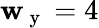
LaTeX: \mathbf{w}_{\mathrm{{~y~}}}=4